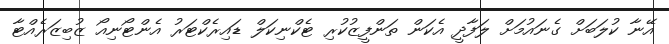
އޭނާ ކުލަބަށް ގެނައުމަށް ލަފާދީ އެކަން ތަންފީޒުކުރި ޓެކްނިކަލް ޑައިރެކްޓަރު އެންޓޯނިއޯ ޒުބިޒަރެއްޓާ